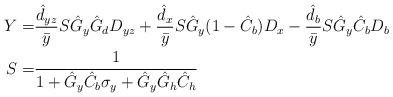
LaTeX: \begin{align*}\begin{aligned}Y=&\frac{\hat d_{yz}}{\bar{y}}S\hat G_y\hat G_dD_{yz}+\frac{\hat d_x}{\bar{y}}S\hat G_y(1-\hat C_b)D_x-\frac{\hat d_b}{\bar{y}}S\hat G_y\hat C_bD_b\\S=&\frac{1}{1+\hat G_y\hat C_b\sigma_y+\hat G_y\hat G_h\hat C_h}\end{aligned} \end{align*}